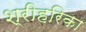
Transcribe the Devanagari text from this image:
श्रीहरिका